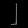
Digit: ၂